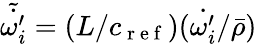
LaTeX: \tilde{\dot{\omega_{i}^{\prime}}}=({L}/{c_{\mathrm{~r~e~f~}}})({{\dot{\omega_{i}^{\prime}}}}/{\bar{\rho}})